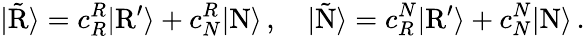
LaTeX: |\tilde{\mathrm{R}}\rangle=c_{R}^{R}|\mathrm{R}^{\prime}\rangle+c_{N}^{R}|\mathrm{N}\rangle\, ,\quad|\tilde{\mathrm{N}}\rangle=c_{R}^{N}|\mathrm{R}^{\prime}\rangle+c_{N}^{N}|\mathrm{N}\rangle\, .